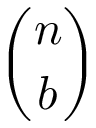
\binom { n } { b }